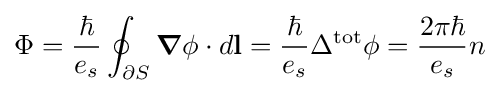
\Phi ={\frac {\hbar }{e_{s}}}\oint _{\partial S}{\boldsymbol {\nabla }}\phi \cdot d\mathbf {l} ={\frac {\hbar }{e_{s}}}\Delta ^{\text{tot}}\phi ={\frac {2\pi \hbar }{e_{s}}}n